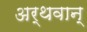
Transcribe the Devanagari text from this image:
अर्थवान्